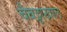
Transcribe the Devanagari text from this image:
चैबट्टाखाल